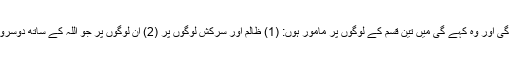
دو کان ہوں گے جن سے وہ سنے گی اور بولنے والی زبان ہو گی اور وہ کہے گی میں تین قسم کے لوگوں پر مامور ہوں: (1) ظالم اور سرکش لوگوں پر (2) ان لوگوں پر جو اللہ کے ساتھ دوسروں کو بھی پکارتے تھے (3) تصویر سازی کرنے والوں پر‘‘۔